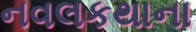
નવલકથાના